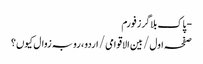
- پاک بلاگرز فورم
صفحہ اول / بین الاقوامی / اردو، رو بہ زوال کیوں؟